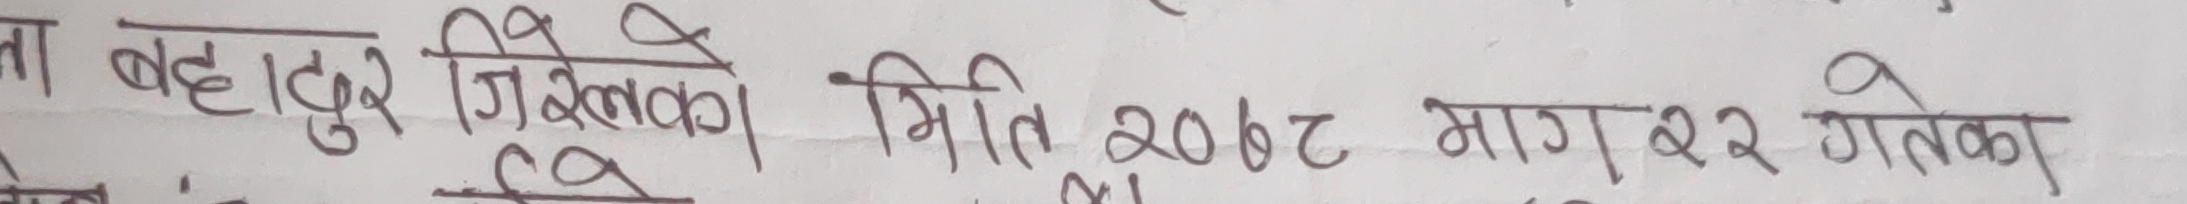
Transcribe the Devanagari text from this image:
ता बहादुर जिरेलका मिति २०७२ माग २२ गतेका